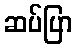
ဆပ်ပြာ